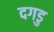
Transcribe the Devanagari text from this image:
दगडु